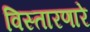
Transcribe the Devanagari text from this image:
विस्तारणारे